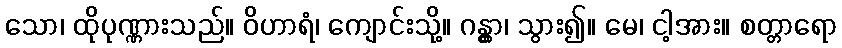
သော၊ ထိုပုဏ္ဏားသည်။ ဝိဟာရံ၊ ကျောင်းသို့။ ဂန္တွာ၊ သွား၍။ မေ၊ ငါ့အား။ စတ္တာရော